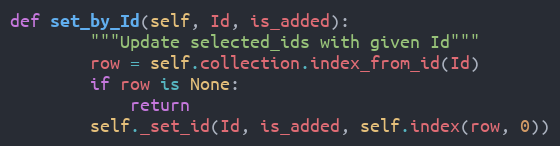
Language: Python
def set_by_Id(self, Id, is_added):
        """Update selected_ids with given Id"""
        row = self.collection.index_from_id(Id)
        if row is None:
            return
        self._set_id(Id, is_added, self.index(row, 0))